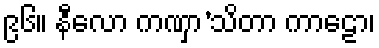
၉၆။ နီလော ကဏှာ’သိတာ ကာဠော၊